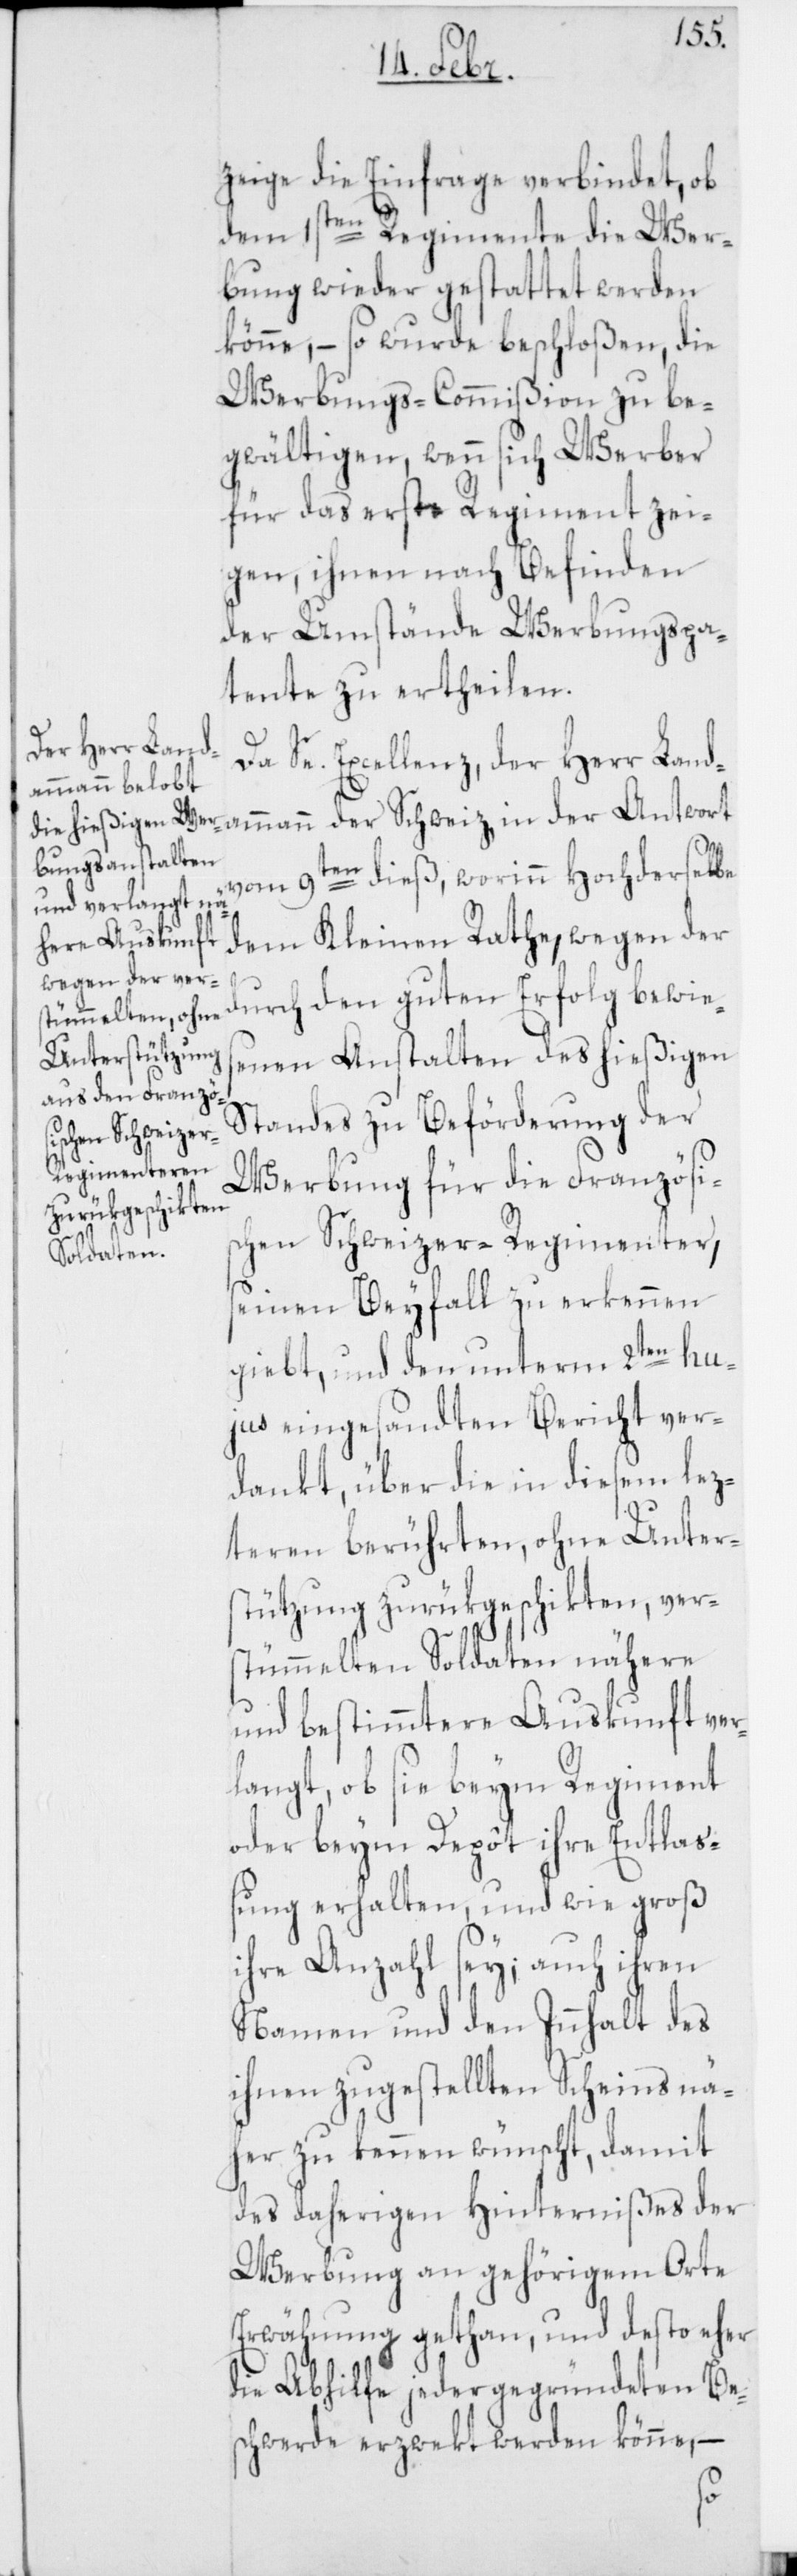
zeige die Einfrage verbindet, ob
dem 1sten Regimente die Wer¬
bung wieder gestattet werden
könne, – so wurde beschloßen, die
Werbungs-Commißion zu be¬
gwältigen, wenn sich Werber
für das erste Regiment zei¬
gen, ihnen nach Befinden
der Umstände Werbungspa¬
tente zu ertheilen.
Da Se. Excellenz, der Herr Land¬
ammann der Schweiz, in der Antwort
vom 9ten dieß, worinn hochderselbe
dem Kleinen Rathe, wegen der
durch den guten Erfolg bewies¬
enen Anstalten des hießigen
Standes zu Beförderung der
Werbung für die Französis¬
chen Schweizer-Regimenter,
seinen Beyfall zu erkennen
giebt, und den unterm 2ten hu¬
jus eingesandten Bericht ver¬
dankt, über die in diesem lez¬
teren berührten, ohne Unter¬
stützung zurükgeschikten, ver¬
stümmelten Soldaten nähere
und bestimmtere Auskunft ver¬
langt, ob sie beym Regiment
oder beym Depôt ihre Entlaß¬
ung erhalten, und wie groß
ihre Anzahl sey; auch ihren
Namen und den Innhalt des
ihnen zugestellten Scheins nä¬
her zu kennen wünscht, damit
des daherigen Hindernißes der
Werbung an gehörigem Orte
Erwähnung gethan, und desto eher
die Abhilfe jeder gegründeten Bes¬
chwerde erzwekt werden könne, –